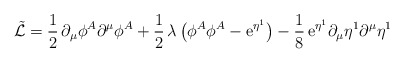
\begin{align*}\tilde{\cal L}=\frac{1}{2}\,\partial_\mu\phi^A\partial^\mu\phi^A+\frac{1}{2}\,\lambda\,\bigl(\phi^A\phi^A-{\rm e}^{\eta^1}\bigr)-\frac{1}{8}\,{\rm e}^{\eta^1}\partial_\mu\eta^1\partial^\mu\eta^1\end{align*}